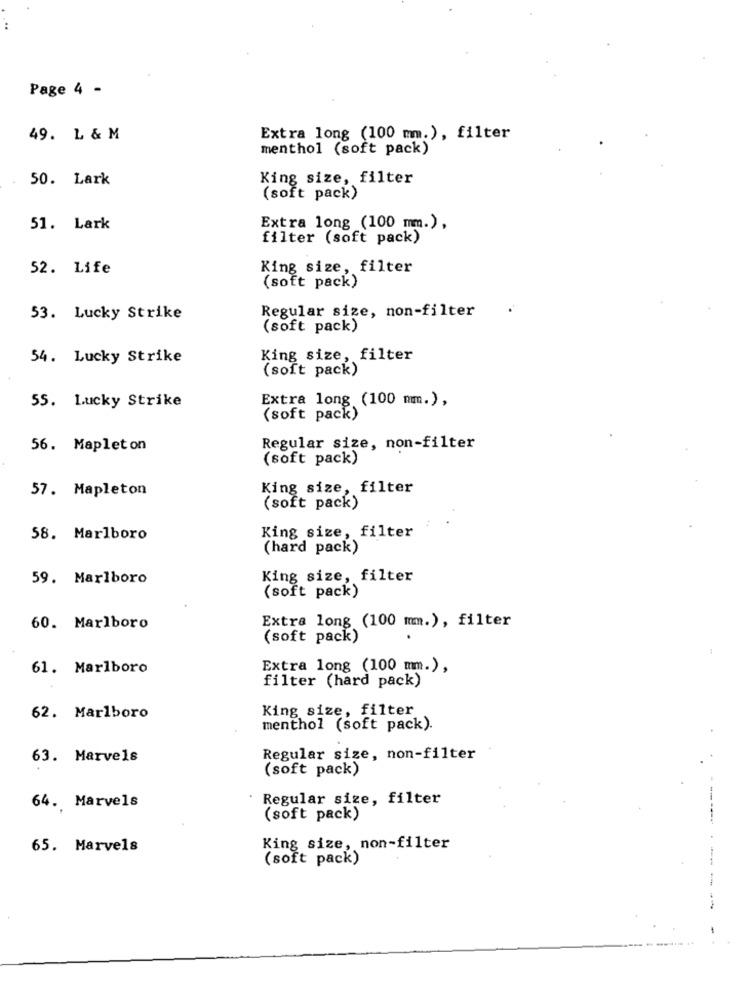
Page 4 -
49. L & M
Extra long (100 mm.), filter
menthol (soft pack)
50. Lark
King size, filter
(soft pack)
51. Lark
Extra long (100 mm.),
filter (soft pack)
52. Life
King size, filter
(soft pack)
Regular size, non-filter
53. Lucky Strike
(soft pack)
54. Lucky Strike
King size, filter
(soft pack)
55. Lucky Strike
Extra long (100 mm.),
(soft pack)
56. Mapleton
Regular size, non-filter
(soft pack)
57. Mapleton
King size, filter
(soft pack)
58. Marlboro
King size, filter
(hard pack)
59. Marlboro
King size, filter
(soft pack)
60. Marlboro
Extra long (100 mm.), filter
(soft pack)
61. Marlboro
Extra long (100 mm.),
filter (hard pack)
King size, filter
62. Marlboro
menthol (soft pack).
63. Marvels
Regular size, non-filter
(soft pack)
Regular size, filter
64. Marvels
(soft pack)
65. Marvels
King size, non-filter
(soft pack)